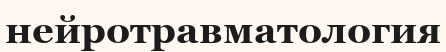
нейротравматология